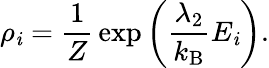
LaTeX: \rho_{\mathit{i}}={\frac{{1}}{{Z}}}\exp\left({\frac{{\lambda_{2}}}{{k_{\mathrm{{B}}}}}}E_{\mathit{i}}\right).